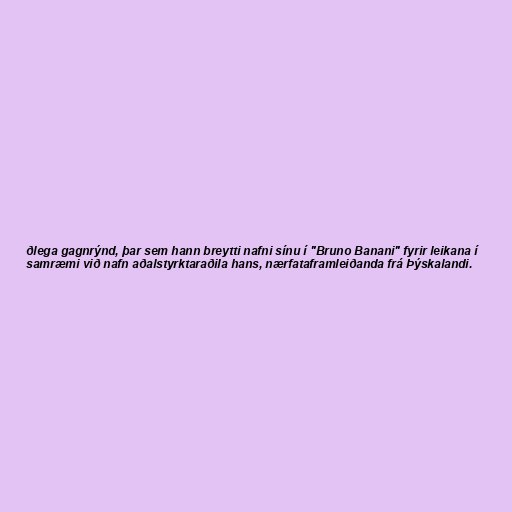
ðlega gagnrýnd, þar sem hann breytti nafni sínu í "Bruno Banani" fyrir leikana í
samræmi við nafn aðalstyrktaraðila hans, nærfataframleiðanda frá Þýskalandi.